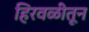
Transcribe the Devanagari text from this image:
हिरवळीतून